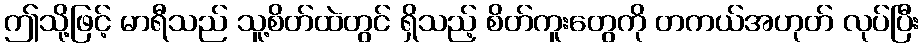
ဤသို့ဖြင့် မာရီသည် သူ့စိတ်ထဲတွင် ရှိသည့် စိတ်ကူးတွေကို တကယ်အဟုတ် လုပ်ပြီး